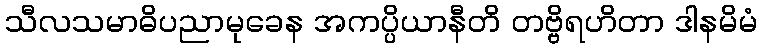
သီလသမာဓိပညာမုခေန အကပ္ပိယာနီတိ တဗ္ဗိရဟိတာ ဒါနမိမံ